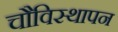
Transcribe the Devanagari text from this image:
चौविस्थापन